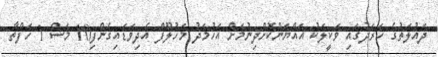
ދައުލަތުގެ ހަރަދުގައި ވަކީލަކު އައްޔަންކޮށްދިނުމަށް އަހުމަދު މަހުލޫފް އެދިވަޑައިގެންފި10 މަސް 1 ހަފްތާ